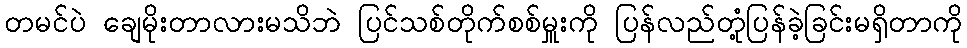
တမင်ပဲ ချေမိုးတာလားမသိဘဲ ပြင်သစ်တိုက်စစ်မှူးကို ပြန်လည်တုံ့ပြန်ခဲ့ခြင်းမရှိတာကို